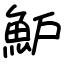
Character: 魲